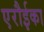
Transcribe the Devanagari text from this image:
एरौईका